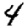
Digit: 4